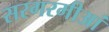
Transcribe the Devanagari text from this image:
सरगरमीआं